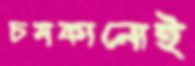
চমকানোই